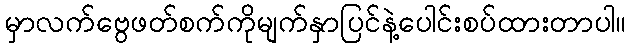
မှာလက်ဗွေဖတ်စက်ကိုမျက်နှာပြင်နဲ့ပေါင်းစပ်ထားတာပါ။